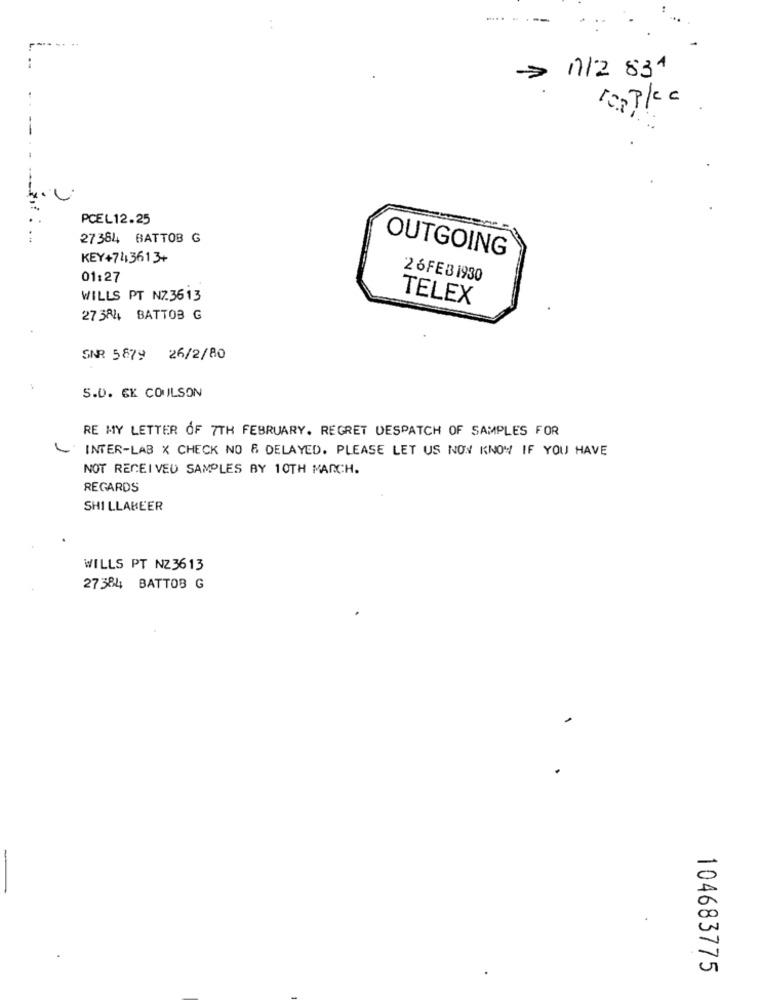
> 1/2 834
PCEL12.25
27384 BATTOB G
OUTGOING
KEY+743613+
01:27
26FEB1930
WILLS PT NZ3613
TELEX
27 384 BATTOB G
SAR 5879 26/2/80
5.0. EK COULSON
RE MY LETTER OF 7TH FEBRUARY. REGRET DESPATCH OF SAMPLES FOR
INTER-LAB X CHECK NO & DELAYED. PLEASE LET US NON KNOW IF YOU HAVE
NOT RECEIVED SAMPLES BY 10TH MARCH.
REGARDS
SHI LLABEER
WILLS PT NZ3613
27384 BATTOB G
104683775